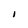
Character: I